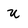
Character: U